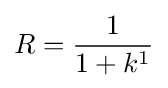
R={\frac {1}{1+k^{1}}}